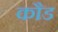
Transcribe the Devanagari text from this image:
कौड